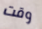
وقت